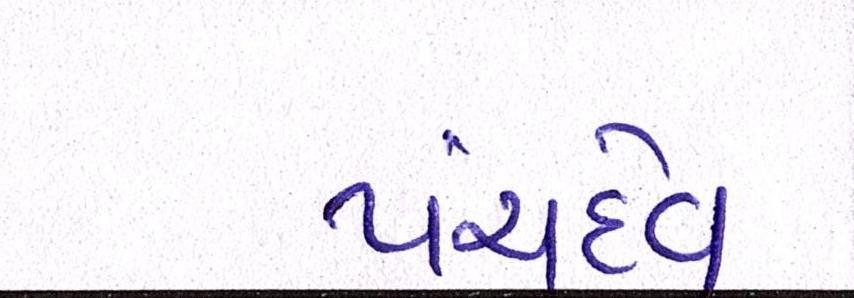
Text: પંચદેવ